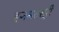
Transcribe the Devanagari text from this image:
हनमतसूरी